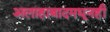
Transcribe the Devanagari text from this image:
अलाहाबादमधूनही